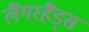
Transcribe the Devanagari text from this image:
लैंगरहैंड्स